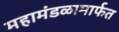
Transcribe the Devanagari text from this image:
महामंडळामार्फत